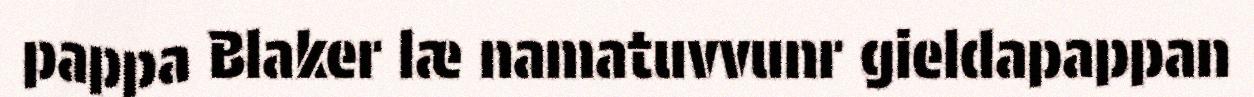
pappa Blaker læ namatuvvunr gieldapappan